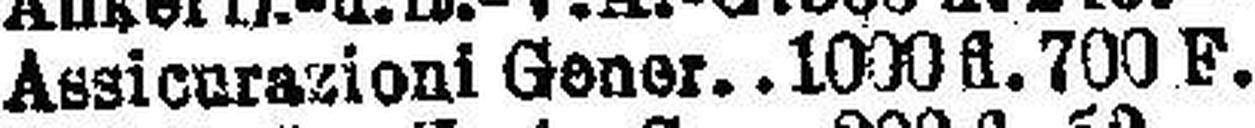
Assionrazioni Genor 1000 fl. 700 F.